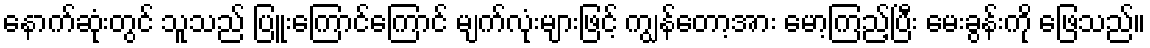
နောက်ဆုံးတွင် သူသည် ပြူးကြောင်ကြောင် မျက်လုံးများဖြင့် ကျွန်တော့အား မော့ကြည့်ပြီး မေးခွန်းကို ဖြေသည်။